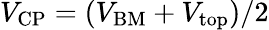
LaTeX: V_{\mathrm{CP}}=(V_{\mathrm{BM}}+V_{\mathrm{top}})/2